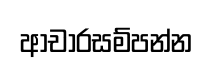
ආචාරසම්පන්න